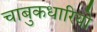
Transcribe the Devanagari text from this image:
चाबुकधारियो